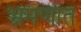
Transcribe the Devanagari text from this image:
भ्रमणात